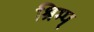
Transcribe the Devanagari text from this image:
श्रिम्प्